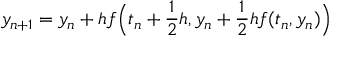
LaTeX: y _ { n + 1 } = y _ { n } + h f { \Big ( } t _ { n } + { \frac { 1 } { 2 } } h , y _ { n } + { \frac { 1 } { 2 } } h f ( t _ { n } , y _ { n } ) { \Big ) }